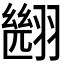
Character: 𮋑